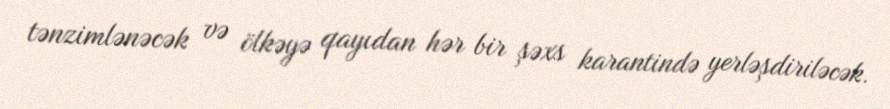
tənzimlənəcək və ölkəyə qayıdan hər bir şəxs karantində yerləşdiriləcək.